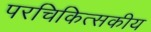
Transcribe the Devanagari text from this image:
परचिकित्सकीय